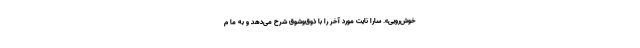
خوش‌رویی». سارا نایت مورد آخر را با ذوق‌وشوق شرح می‌دهد و به ما م